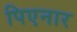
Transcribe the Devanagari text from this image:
पिएनार